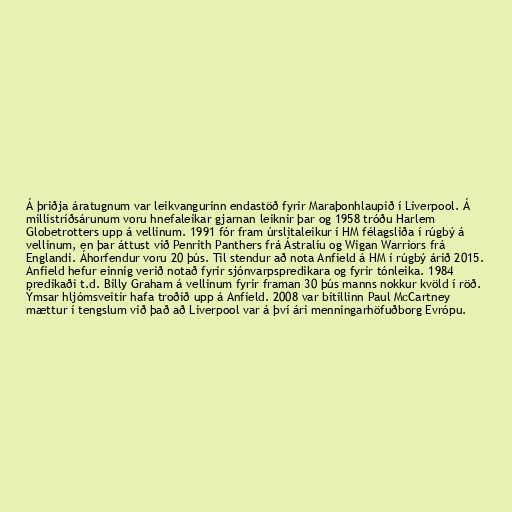
Á þriðja áratugnum var leikvangurinn endastöð fyrir Maraþonhlaupið í Liverpool. Á
millistríðsárunum voru hnefaleikar gjarnan leiknir þar og 1958 tróðu Harlem
Globetrotters upp á vellinum. 1991 fór fram úrslitaleikur í HM félagsliða í rúgbý á
vellinum, en þar áttust við Penrith Panthers frá Ástralíu og Wigan Warriors frá
Englandi. Áhorfendur voru 20 þús. Til stendur að nota Anfield á HM í rúgbý árið 2015.
Anfield hefur einnig verið notað fyrir sjónvarpspredikara og fyrir tónleika. 1984
predikaði t.d. Billy Graham á vellinum fyrir framan 30 þús manns nokkur kvöld í röð.
Ýmsar hljómsveitir hafa troðið upp á Anfield. 2008 var bítillinn Paul McCartney
mættur í tengslum við það að Liverpool var á því ári menningarhöfuðborg Evrópu.